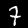
Label: 7